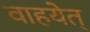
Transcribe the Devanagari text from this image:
वाहयेत्